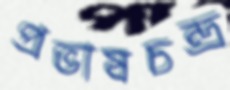
প্রভাষচন্দ্র